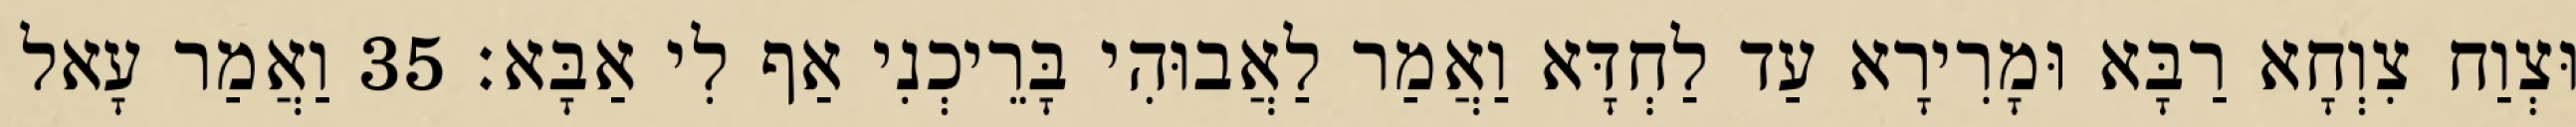
וּצְוַח צִוְחָא רַבָּא וּמָרִירָא עַד לַחְדָּא וַאֲמַר לַאֲבוּהִי בָּרֵיכְנִי אַף לִי אַבָּא׃ 35 וַאֲמַר עָאל